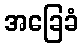
အခြေခံ